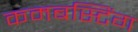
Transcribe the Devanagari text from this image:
कमबस्टिंग